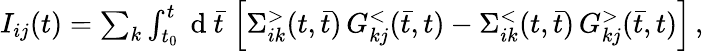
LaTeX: \begin{array}{r}{I_{ij}(t)=\sum_{k}\int_{t_{0}}^{t}\mathrm{~d~}\bar{t}\, \left[\Sigma_{ik}^{>}(t,\bar{t})\, G_{kj}^{<}(\bar{t},t)-\Sigma_{ik}^{<}(t,\bar{t})\, G_{kj}^{>}(\bar{t},t)\right]\, ,}\end{array}